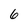
Character: 6